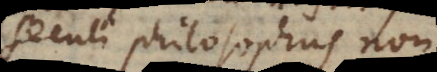
seculi philosophus non